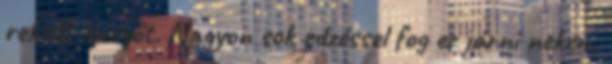
rekedt levegőt. Nagyon sok edzéssel fog ez járni nekem,